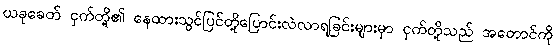
ယခုခေတ် ငှက်တို့၏ နေထားသွင်ပြင်တို့ပြောင်းလဲလာရခြင်းများမှာ ငှက်တို့သည် အတောင်ကို